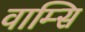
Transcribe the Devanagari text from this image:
वाम्सि